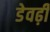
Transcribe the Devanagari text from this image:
डेवढ़ी